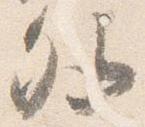
外